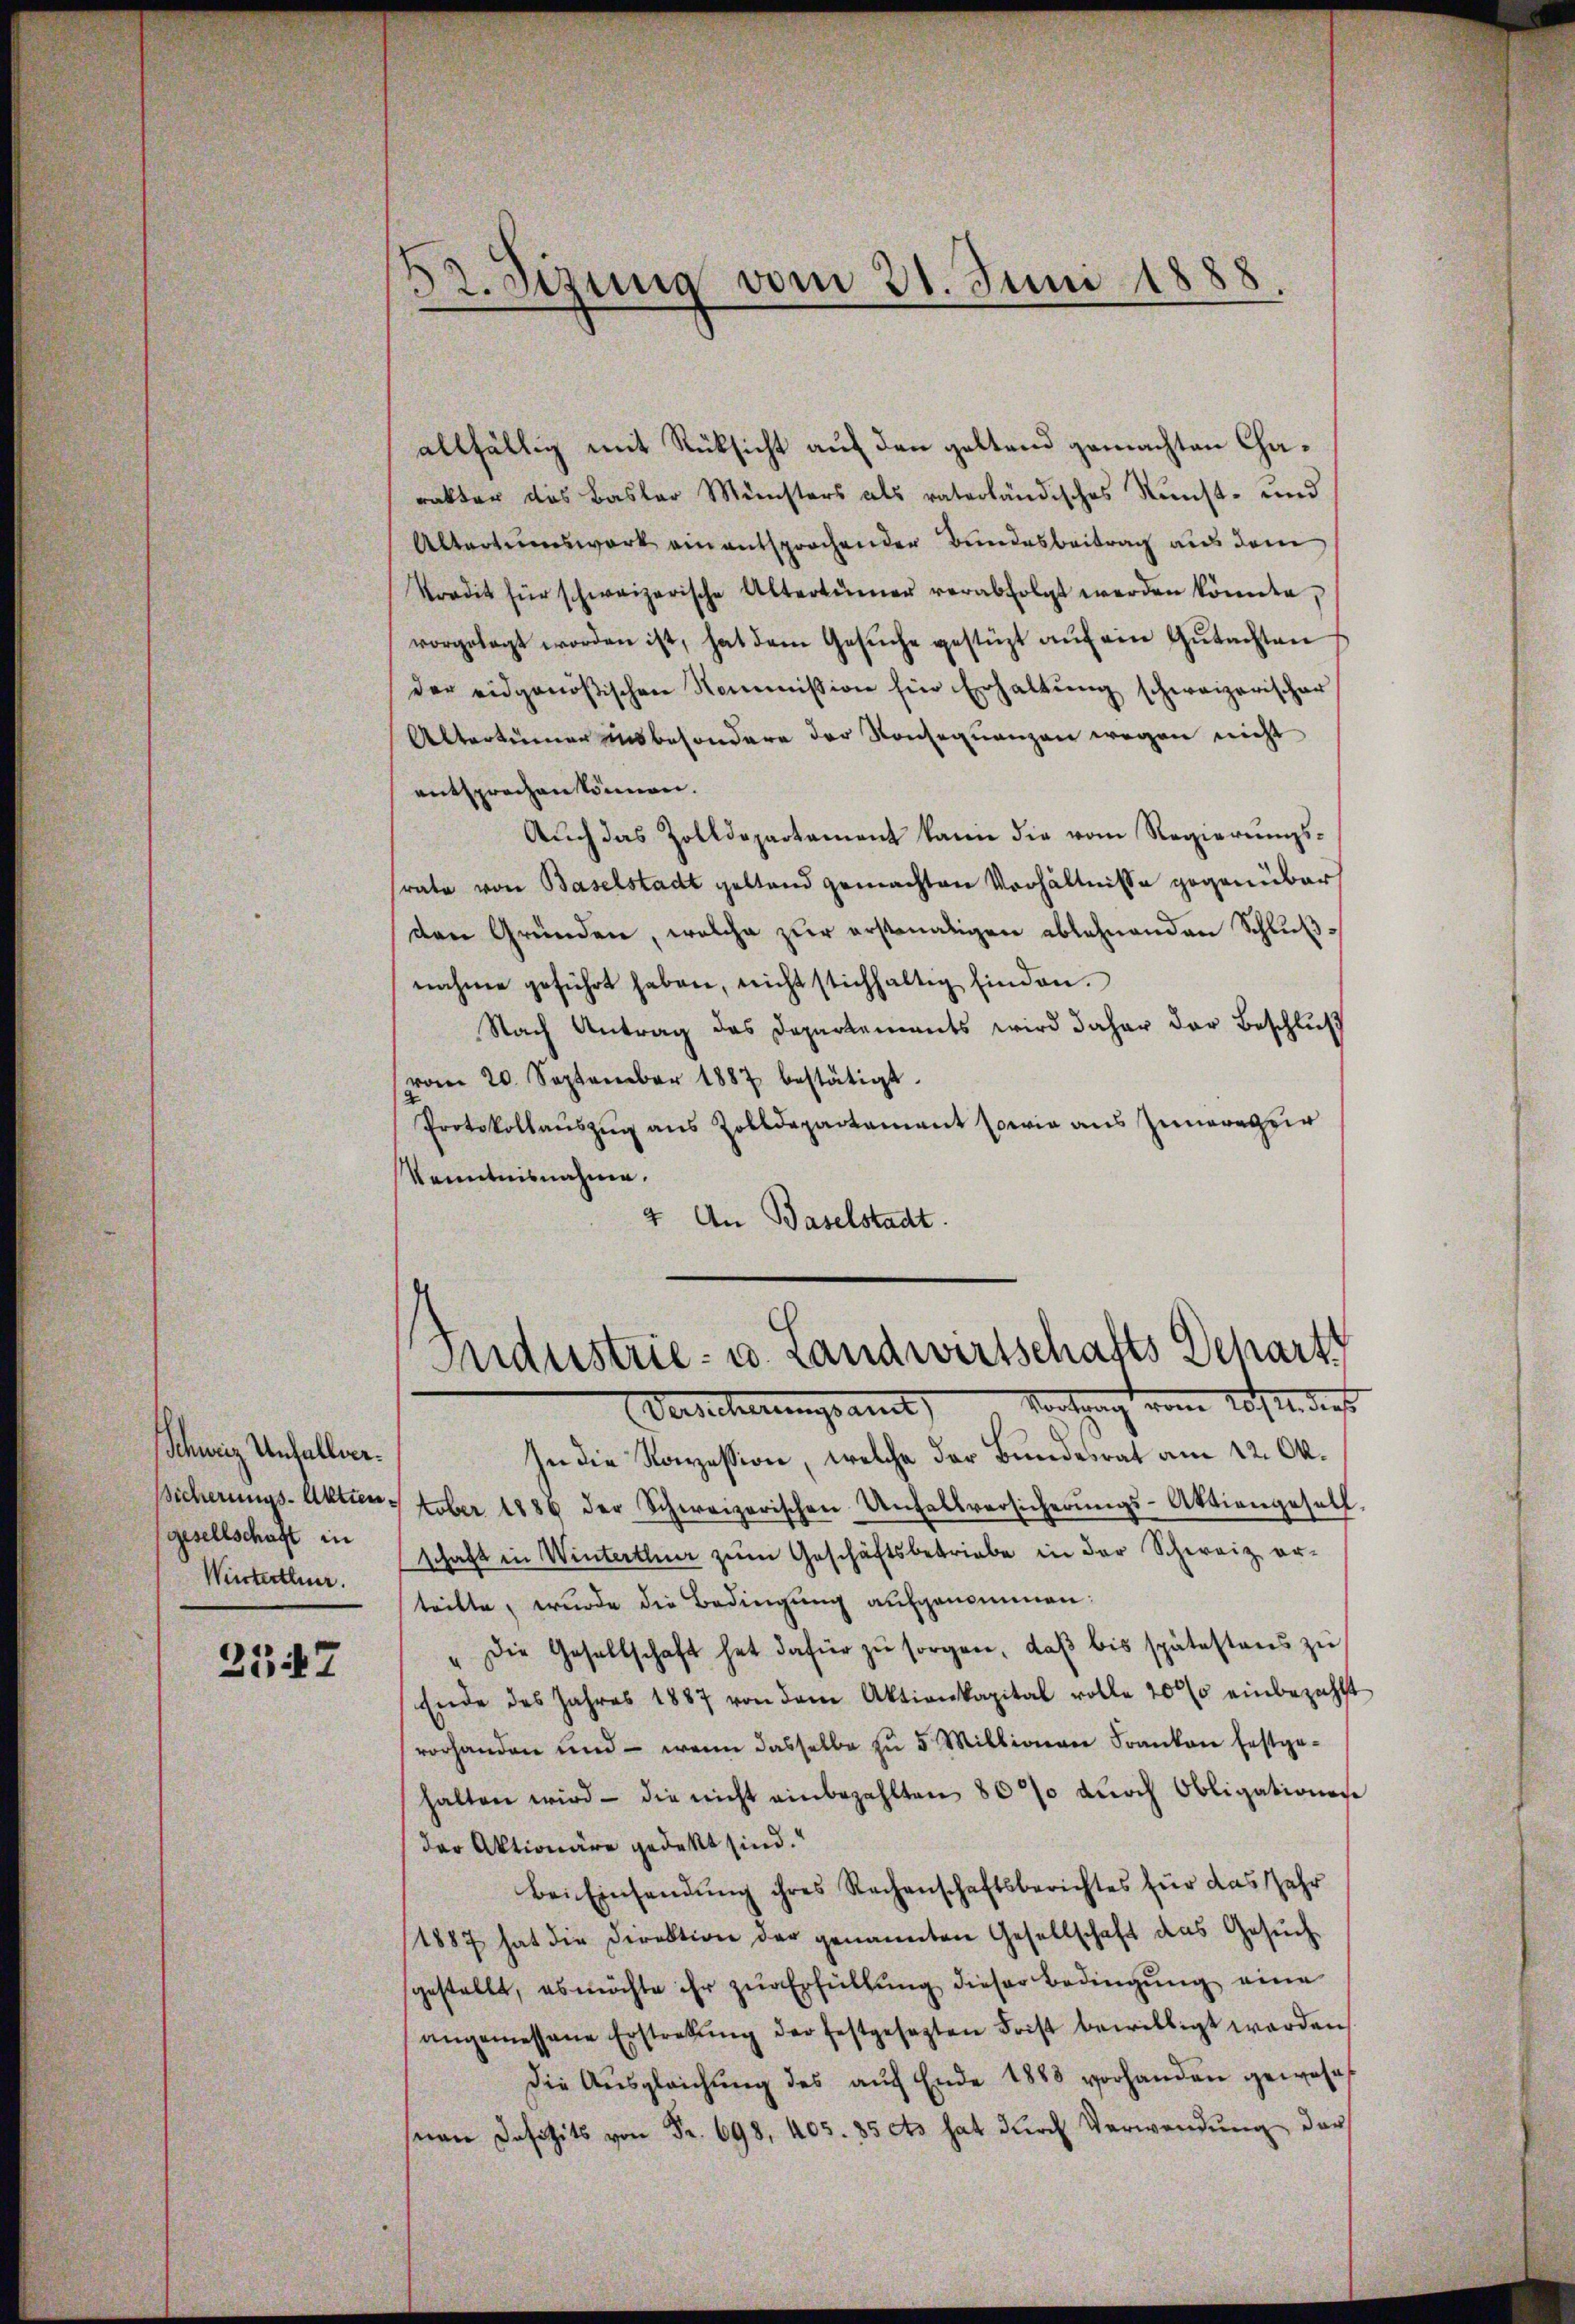
Schweiz Unfallegesellschaft in
Winterthur.

317

52. Sizung vom 21. Juni 1888.

allfällig mit Rücksicht auf den geltend gemachten Charakter das Basler Ministers als vaterländisches Kunst- und
Altertumswort ein entsprochender Bundesbeitrag aus dem
kradit für schweizerische Altertümer verabfolgt werden könnte,
vorgelegt worden ist, hat dem Gesŭche gestüzt aŭf ein Gŭtachten
der eidgenößischen Nommission für Erhaltŭng schweizerischer
Altertümer insbesondere der Konsequenzen wegen nicht
entsprechen können.
Aŭch das Zolldepartement kann die vom Regierŭngs-
srate von Baselstadt gestand gemachten Verhältnisse gegenüber
den Gründen, welche zur erstmaligen ablehnenden Schlußnahme geführt haben, nicht stichhaltig finden.
Nach Antrag das Departements wird daher der Beschluß
vom 20. September 1887 bestätigt.
Protokollaŭszŭg aus Zolldepartement sowie aus Zunarazer
Kenntnisnahme.
4 An Baselstadt.

Industrie- u. Landwirtschafts Schart
Verscherungsamt Marchzug vom 20sten dies

In die Konzession, welche der Bundesrat am 12. Ok¬
Sicherungs-Aktienstober 1886 der Schweizerischen Unfallversicherŭngs-Aktiengesell
schaft in Winterthur zum Geschäftsbetriebe in der Schweiz er-
teilte, wurde die Bedingung aufgenommen:
" die Gesellschaft hat dafür zu sorgen, daß bis spätestens zu
Ende des Jahres 1887 von dem Aktienkapital volle 2000 einbezahlt
vorhanden und - wenn dasselbe zu 5 Millionen Franken festge-
halten wird - die nicht einbezahlten 80% dŭrch Obligations
der Aktionäre gedekt sind.
Bei Einsendung ihres Rechenschaftsberichtes für das Jahr
(1887 hat die Direktion der genannten Gesellschaft das Gesŭch
sgestellt, es möchte ihr zur Erfüllung dieser Bedingung eine
angemessene Erstretŭng der festgesezten Frist bewilligt werden
Die Aŭsgleichŭng des aŭf Ende 1888 vorhanden gewese
snan Defizits von Fr. 698, 405. 35 cts hat durch Verwendung der